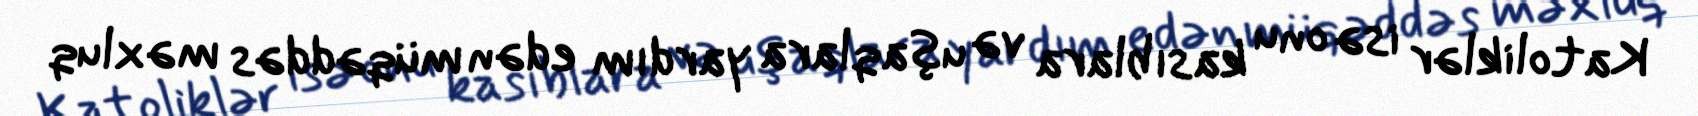
Katoliklər isə onu kasıblara və uşaqlara yardım edən müqəddəs məxluq